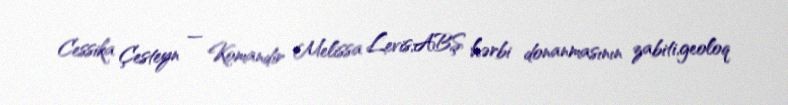
Cessika Çesteyn — Komandir Melissa Levis,ABŞ hərbi donanmasının zabiti,geoloq